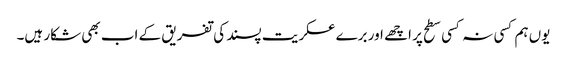
یوں ہم کسی نہ کسی سطح پر اچھے اور برے عسکریت پسند کی تفریق کے اب بھی شکار ہیں۔